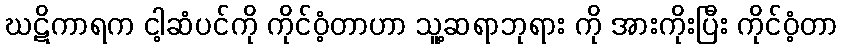
ဃဋိကာရက ငါ့ဆံပင်ကို ကိုင်ဝံ့တာဟာ သူ့ဆရာဘုရား ကို အားကိုးပြီး ကိုင်ဝံ့တာ